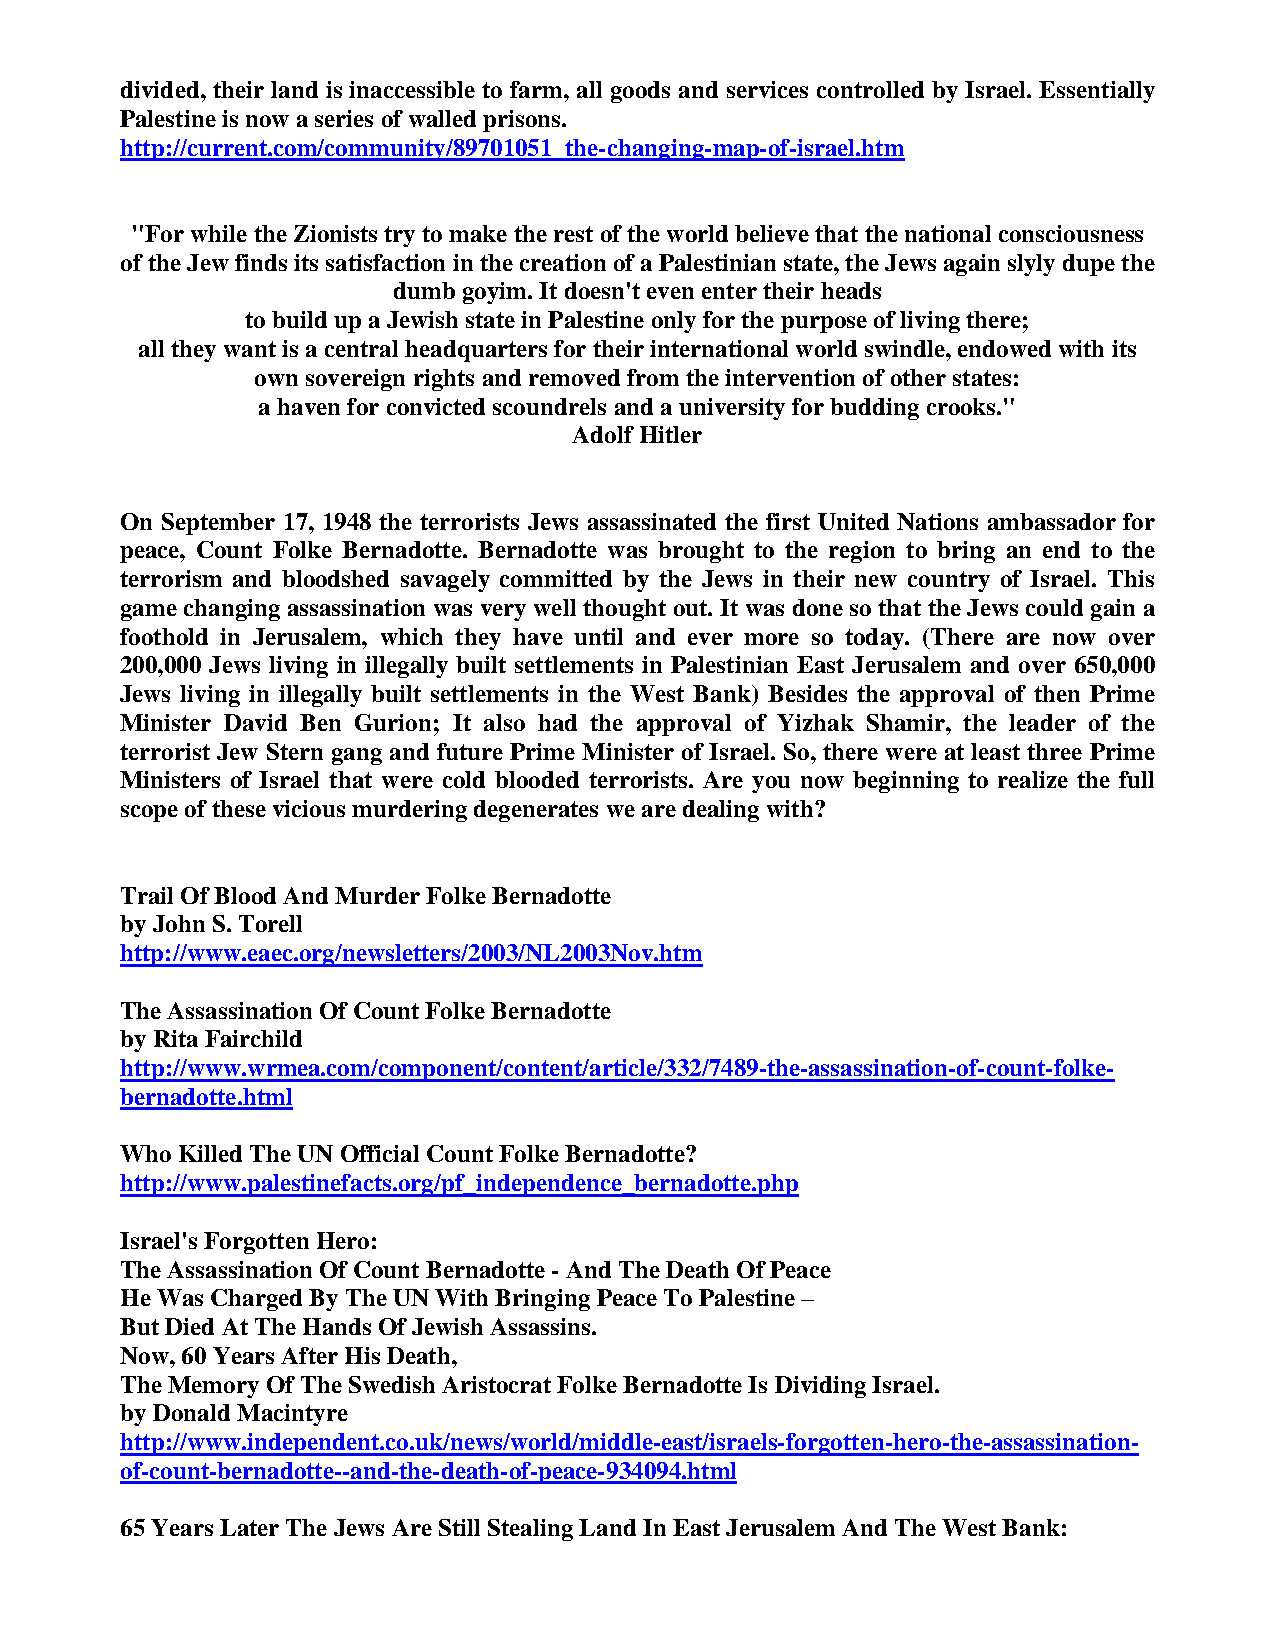
divided, their land is inaccessible to farm, all goods and services controlled by Israel. Essentially
 Palestine is now a series of walled prisons.
 http://current.com/community/89701051_the-changing-map-of-israel.htm
 "For while the Zionists try to make the rest of the world believe that the national consciousness
 of the Jew finds its satisfaction in the creation of a Palestinian state, the Jews again slyly dupe the
 dumb goyim. It doesn't even enter their heads
 to build up a Jewish state in Palestine only for the purpose of living there;
 all they want is a central headquarters for their international world swindle, endowed with its
 own sovereign rights and removed from the intervention of other states:
 a haven for convicted scoundrels and a university for budding crooks."
 Adolf Hitler
 On September 17, 1948 the terrorists Jews assassinated the first United Nations ambassador for
 peace, Count Folke Bernadotte. Bernadotte was brought to the region to bring an end to the
 terrorism and bloodshed savagely committed by the Jews in their new country of Israel. This
 game changing assassination was very well thought out. It was done so that the Jews could gain a
 foothold in Jerusalem, which they have until and ever more so today. (There are now over
 200,000 Jews living in illegally built settlements in Palestinian East Jerusalem and over 650,000
 Jews living in illegally built settlements in the West Bank) Besides the approval of then Prime
 Minister David Ben Gurion; It also had the approval of Yizhak Shamir, the leader of the
 terrorist Jew Stern gang and future Prime Minister of Israel. So, there were at least three Prime
 Ministers of Israel that were cold blooded terrorists. Are you now beginning to realize the full
 scope of these vicious murdering degenerates we are dealing with?
 Trail Of Blood And Murder Folke Bernadotte
 by John S. Torell
 http://www.eaec.org/newsletters/2003/NL2003Nov.htm
 The Assassination Of Count Folke Bernadotte
 by Rita Fairchild
 http://www.wrmea.com/component/content/article/332/7489-the-assassination-of-count-folke-
 bernadotte.html
 Who Killed The UN Official Count Folke Bernadotte?
 http://www.palestinefacts.org/pf_independence_bernadotte.php
 Israel's Forgotten Hero:
 The Assassination Of Count Bernadotte - And The Death Of Peace
 He Was Charged By The UN With Bringing Peace To Palestine –
 But Died At The Hands Of Jewish Assassins.
 Now, 60 Years After His Death,
 The Memory Of The Swedish Aristocrat Folke Bernadotte Is Dividing Israel.
 by Donald Macintyre
 http://www.independent.co.uk/news/world/middle-east/israels-forgotten-hero-the-assassination-
 of-count-bernadotte--and-the-death-of-peace-934094.html
 65 Years Later The Jews Are Still Stealing Land In East Jerusalem And The West Bank: